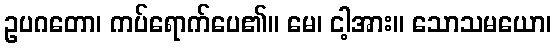
ဥပဂတော၊ ကပ်ရောက်ပေ၏။ မေ၊ ငါ့အား။ သောသမယော၊